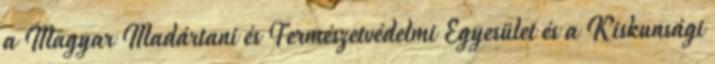
a Magyar Madártani és Természetvédelmi Egyesület és a Kiskunsági